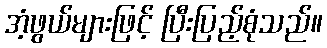
အံ့ဖွယ်များဖြင့် ပြီးပြည့်စုံသည်။